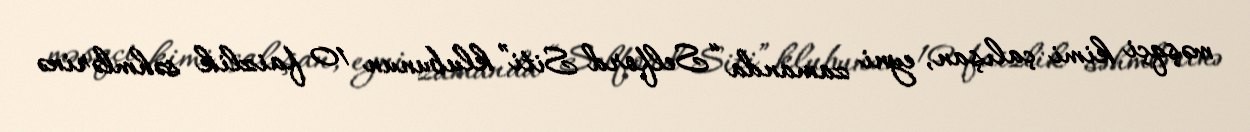
məşqçi kimi çalışan, eyni zamanda “Selford Siti” klubunun 10 faizlik səhmlərinə